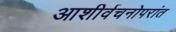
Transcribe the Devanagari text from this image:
आशीर्वचनोपरांत